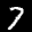
Label: 7